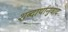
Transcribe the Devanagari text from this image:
शब्दार्थानुवाद